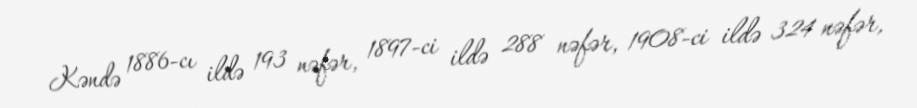
Kəndə 1886-cı ildə 193 nəfər, 1897-ci ildə 288 nəfər, 1908-ci ildə 324 nəfər,